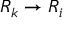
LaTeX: R _ { k } \to R _ { i }